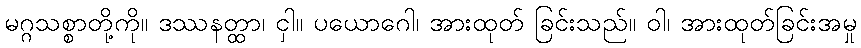
မဂ္ဂသစ္စာတို့ကို။ ဒဿနတ္ထာ၊ ငှါ။ ပယောဂေါ၊ အားထုတ် ခြင်းသည်။ ဝါ၊ အားထုတ်ခြင်းအမှု